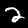
Label: 2